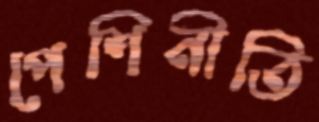
পেশিনীতি